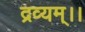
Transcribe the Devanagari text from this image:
द्रव्यम्।।